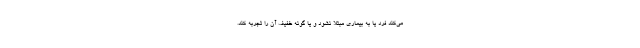
می‌کند فرد یا به بیماری مبتلا نشود و یا گونه خفیف آن را تجربه کند.